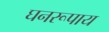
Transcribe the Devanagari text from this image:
घनरूपाय